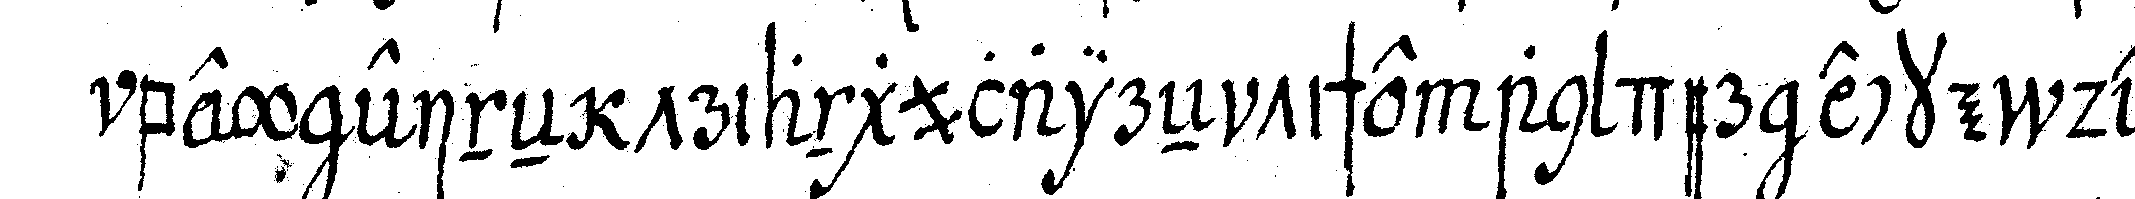
bey eineN triangulaireN tische an der ecke des